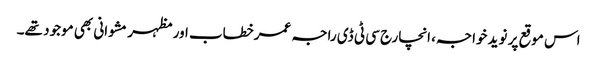
اس موقع پر نوید خواجہ، انچارج سی ٹی ڈی راجہ عمرخطاب اور مظہر مشوانی بھی موجود تھے۔